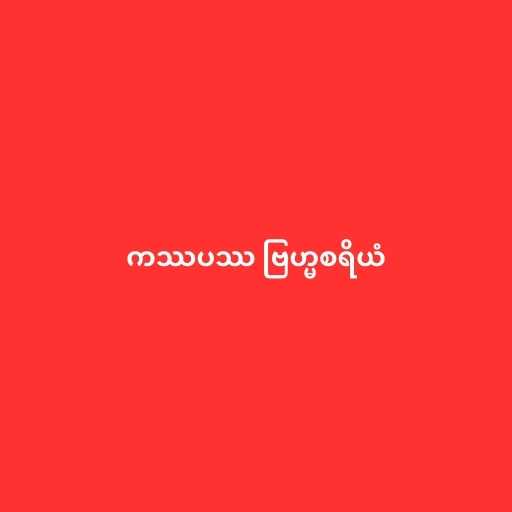
ကဿပဿ ဗြဟ္မစရိယံ